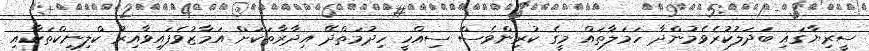
ސީރިޔާގައި ބަދަލުކުރެވެމުންދާ ހަމަލާތައް މީގެ ކުރިންވެސް ސިއްހީ ހިދުމަތްދޭ އިދާރާތަކަށް އަމާޒުވެފައިވާއިރު ކްލިނިކްތަކާއި